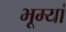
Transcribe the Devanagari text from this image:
भूम्यां